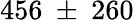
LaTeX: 456~\pm~260